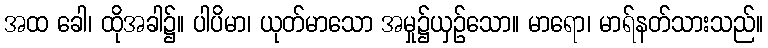
အထ ခေါ၊ ထိုအခါ၌။ ပါပိမာ၊ ယုတ်မာသော အမှု၌ယှဉ်သော။ မာရော၊ မာရ်နတ်သားသည်။